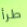
طرأ